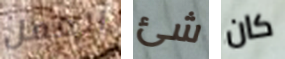
العمل شئ كان